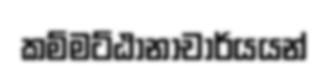
කම්මට්ඨානාචාර්යයන්